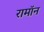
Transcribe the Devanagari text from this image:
रामॉन